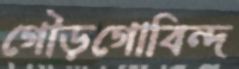
গৌড়গোবিন্দ